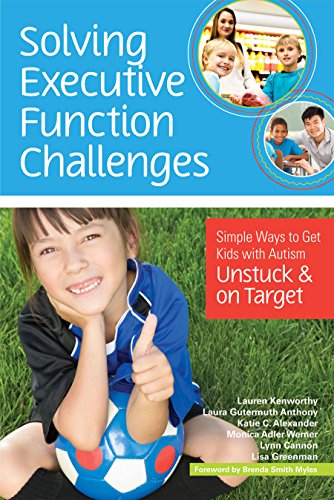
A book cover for Solving Executive Function Challenges: Simple Ways to Get Kids with Autism Unstuck and on Target; Lauren Kenworthy Ph.D.; Education & Teaching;